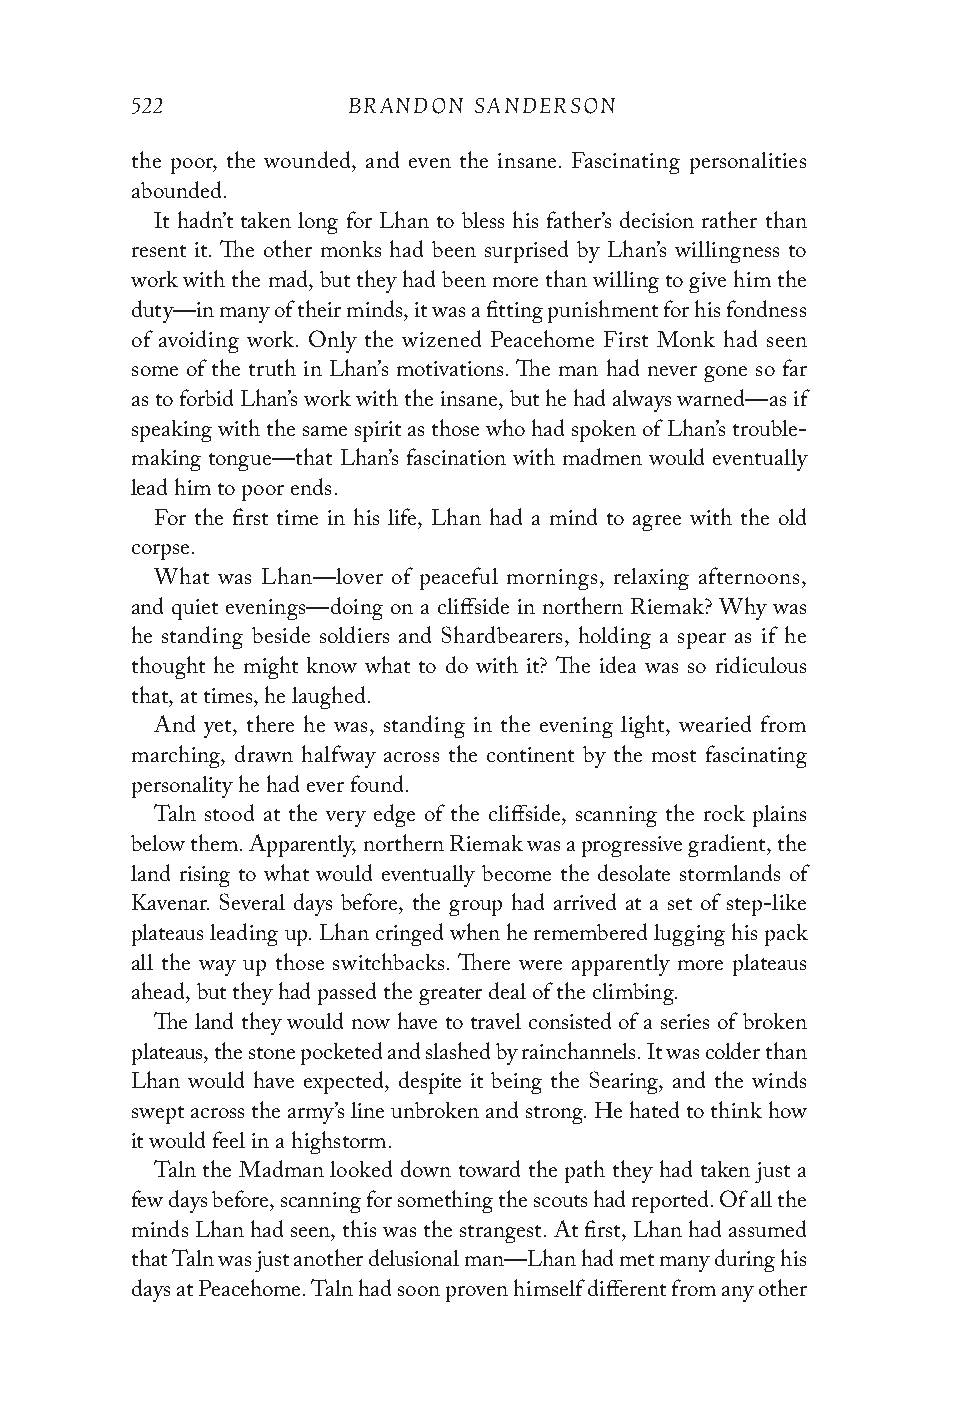
522           BRANDON SANDERSON
 the poor, the wounded, and even the insane. Fascinating personalities
 abounded.
 It hadn’t taken long for Lhan to bless his father’s decision rather than
 resent it. The other monks had been surprised by Lhan’s willingness to
 work with the mad, but they had been more than willing to give him the
 duty—in many of their minds, it was a fitting punishment for his fondness
 of avoiding work. Only the wizened Peacehome First Monk had seen
 some of the truth in Lhan’s motivations. The man had never gone so far
 as to forbid Lhan’s work with the insane, but he had always warned—as if
 speaking with the same spirit as those who had spoken of Lhan’s trouble-
 making tongue—that Lhan’s fascination with madmen would eventually
 lead him to poor ends.
 For the first time in his life, Lhan had a mind to agree with the old
 corpse.
 What was Lhan—lover of peaceful mornings, relaxing afternoons,
 and quiet evenings—doing on a cliffside in northern Riemak? Why was
 he standing beside soldiers and Shardbearers, holding a spear as if he
 thought he might know what to do with it? The idea was so ridiculous
 that, at times, he laughed.
 And yet, there he was, standing in the evening light, wearied from
 marching, drawn halfway across the continent by the most fascinating
 personality he had ever found.
 Taln stood at the very edge of the cliffside, scanning the rock plains
 below them. Apparently, northern Riemak was a progressive gradient, the
 land rising to what would eventually become the desolate stormlands of
 Kavenar. Several days before, the group had arrived at a set of step-like
 plateaus leading up. Lhan cringed when he remembered lugging his pack
 all the way up those switchbacks. There were apparently more plateaus
 ahead, but they had passed the greater deal of the climbing.
 The land they would now have to travel consisted of a series of broken
 plateaus, the stone pocketed and slashed by rainchannels. It was colder than
 Lhan would have expected, despite it being the Searing, and the winds
 swept across the army’s line unbroken and strong. He hated to think how
 it would feel in a highstorm.
 Taln the Madman looked down toward the path they had taken just a
 few days before, scanning for something the scouts had reported. Of all the
 minds Lhan had seen, this was the strangest. At first, Lhan had assumed
 that Taln was just another delusional man—Lhan had met many during his
 days at Peacehome. Taln had soon proven himself different from any other